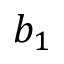
b _ { 1 }